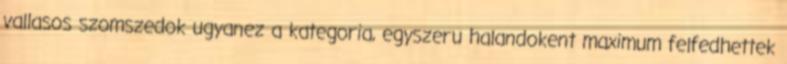
vallasos szomszedok ugyanez a kategoria, egyszeru halandokent maximum felfedhettek